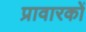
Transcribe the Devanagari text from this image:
प्रावारकों